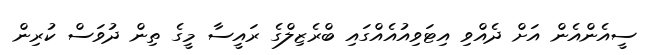
ސީއެންއެން އަށް ދެއްވި އިޓަވިއުއެއްގައި ބްރެޒިލްގެ ރައީސާ މީގެ ތިން ދުވަސް ކުރިން